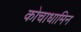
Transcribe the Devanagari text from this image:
कोचाधामिन